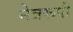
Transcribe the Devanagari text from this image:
नेत्ररूपी